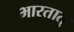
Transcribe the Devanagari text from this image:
भारतात्